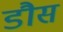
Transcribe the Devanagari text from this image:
डौस